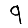
Digit: 9